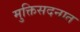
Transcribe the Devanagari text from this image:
मुक्तिसदनात